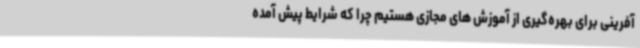
آفرینی برای بهره‌گیری از آموزش های مجازی هستیم چرا که شرایط پیش آمده